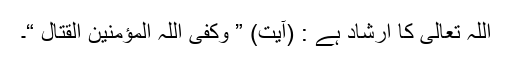
اللہ تعالیٰ کا ارشاد ہے : (آیت) ” وکفی اللہ المؤمنین القتال “۔